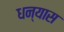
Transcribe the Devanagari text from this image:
धन्यास